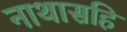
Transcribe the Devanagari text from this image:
नाथासहि